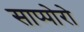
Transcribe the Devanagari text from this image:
साप्पोरो